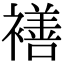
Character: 𮖯